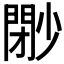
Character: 𡮩